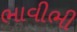
ભાવીભી